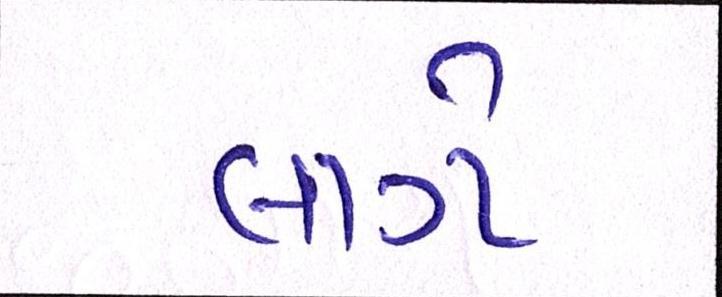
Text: લાગે